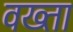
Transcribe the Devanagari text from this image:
वख्‍ता